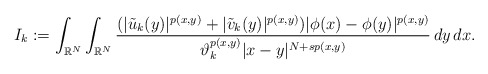
\begin{align*}I_{k}:= \int_{\mathbb{R}^{N}}\int_{\mathbb{R}^{N}}\frac{(|\tilde{u}_k(y)|^{p(x,y)}+|\tilde{v}_k(y)|^{p(x,y)})| \phi (x)- \phi (y)|^{p(x,y)}}{\vartheta_{k}^{p(x,y)}|x-y|^{N+sp(x,y)}} \,dy\,dx.\end{align*}